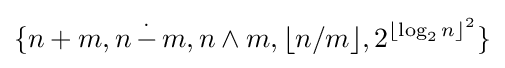
\{n+m,n\,{\stackrel {.}{-}}\,m,n\wedge m,\lfloor n/m\rfloor ,2^{\lfloor \log _{2}n\rfloor ^{2}}\}